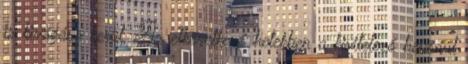
is kivágása kerül. Az elkövetkező hetekben a kivitelező bevonul